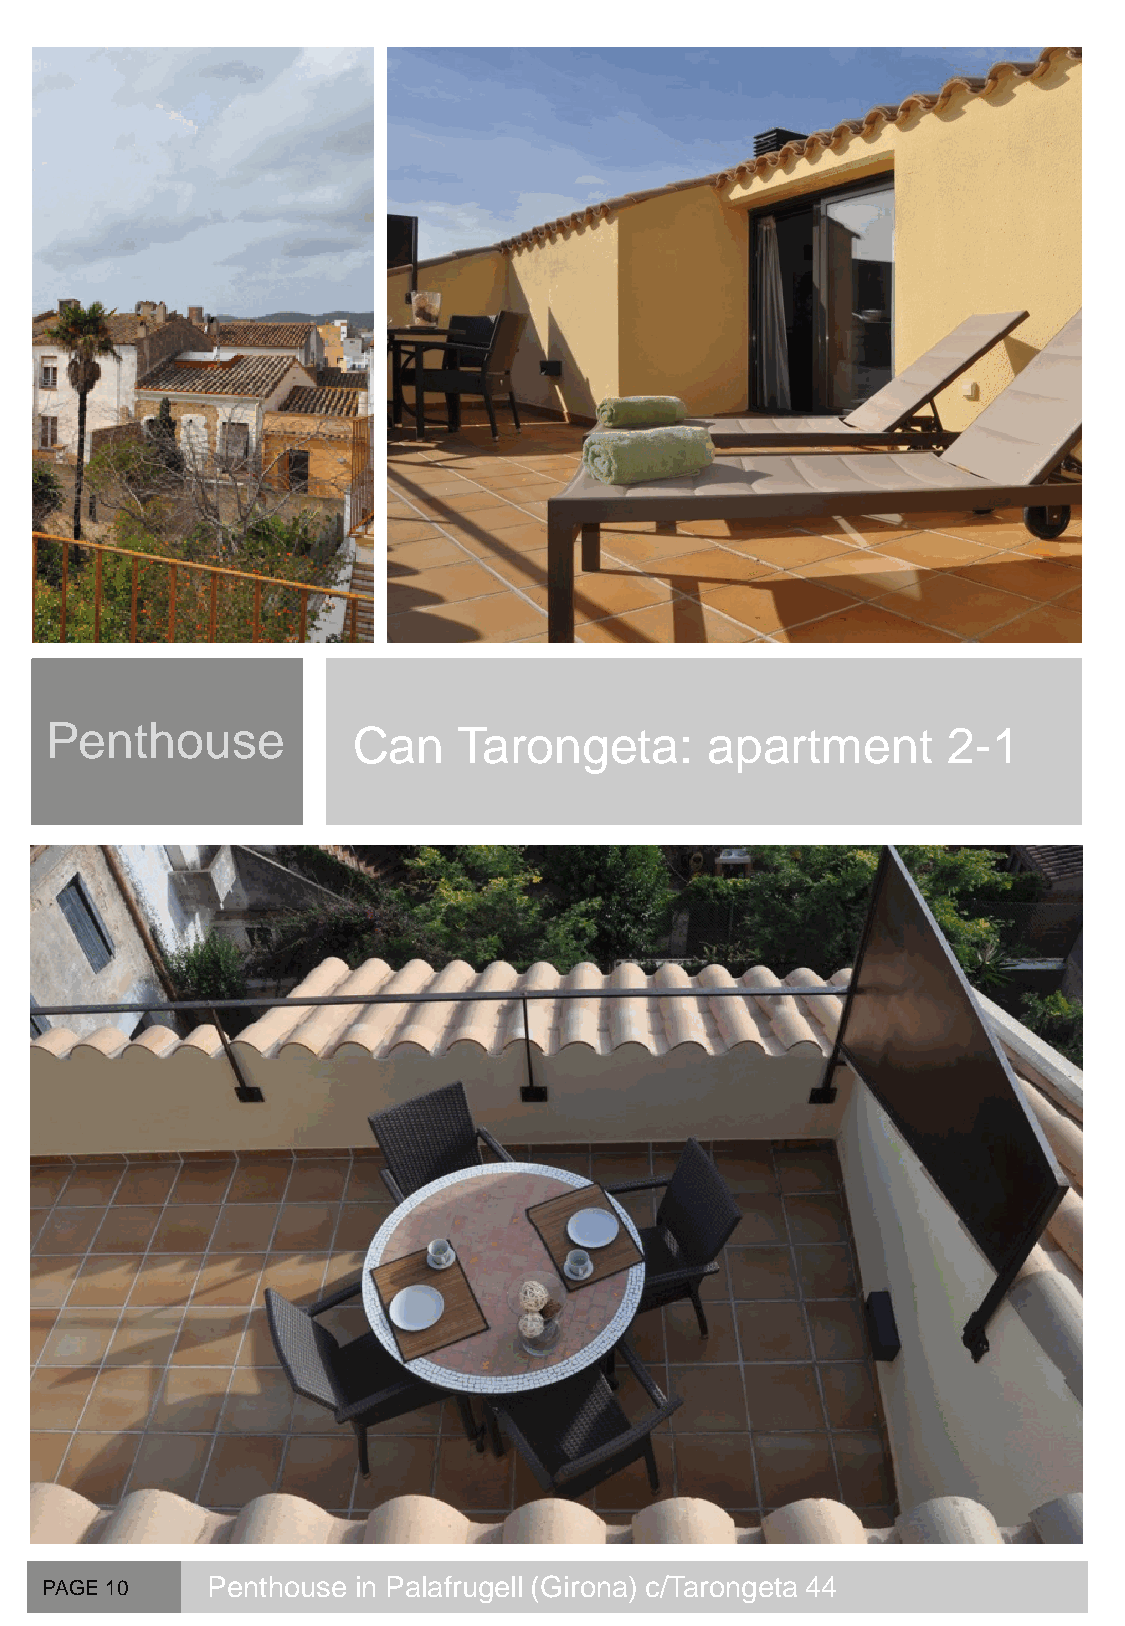
Penthouse           Can    Tarongeta:       apartment       2-1
 PAGE 10    Penthouse in Palafrugell (Girona) c/Tarongeta 44